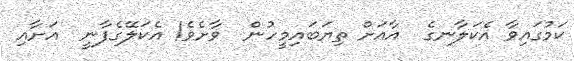
ކަމުގައިވާ އެކަލާނގެ  އާއަށް ތިޔަބައިމީހުން  ވާށެވެ! އެކަލޭގެފާނީ  އަށާއި